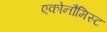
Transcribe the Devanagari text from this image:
एकोनौमिस्ट